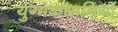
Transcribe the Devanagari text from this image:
युग्मकधानियों